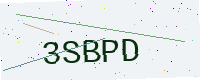
Text: 3SBPD